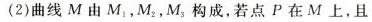
(2)曲线M由M_{1},M_{2},M_{3}构成，若点P在M上，且